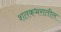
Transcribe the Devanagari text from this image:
शतकभरातील